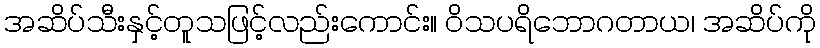
အဆိပ်သီးနှင့်တူသဖြင့်လည်းကောင်း။ ဝိသပရိဘောဂတာယ၊ အဆိပ်ကို